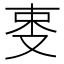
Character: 𠭄